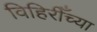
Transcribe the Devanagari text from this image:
विहिरीँच्या